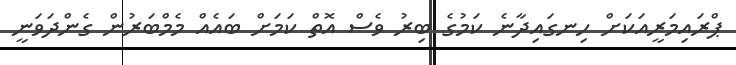
ޕްރައިމަރީއަކަށް ހިނގައިދާނެ ކަމުގެ ބިރު ވެސް އޮތް ކަމަށް ބައެއް މެމްބަރުން ގެންދަވަނީ